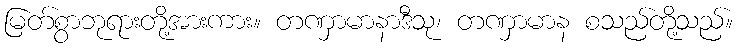
မြတ်စွာဘုရားတို့အားကား။ တဏှာမာနာဒီသု၊ တဏှာမာန စသည်တို့သည်။